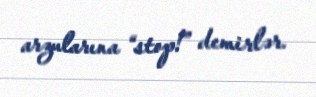
arzularına “stop!” demirlər.